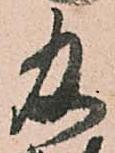
及